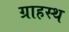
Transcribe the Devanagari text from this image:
ग्राहस्थ